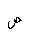
Letter: _sad